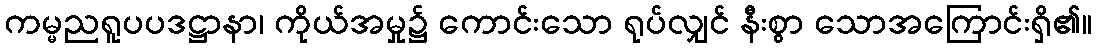
ကမ္မညရူပပဒဋ္ဌာနာ၊ ကိုယ်အမှု၌ ကောင်းသော ရုပ်လျှင် နီးစွာ သောအကြောင်းရှိ၏။